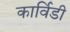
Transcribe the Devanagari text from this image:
कार्विडी